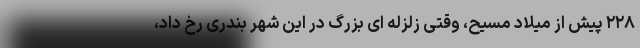
۲۲۸ پیش از میلاد مسیح، وقتی زلزله ای بزرگ در این شهر بندری رخ داد،